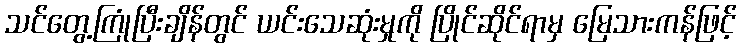
သင်တွေ့ကြုံပြီးချိန်တွင် ယင်းသေဆုံးမှုကို ပြိုင်ဆိုင်ရာမှ မြေသားကန်ဖြင့်